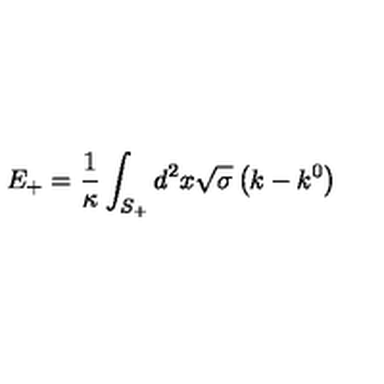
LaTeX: E _ { + } = \frac { 1 } { \kappa } \int _ { S _ { + } } ^ { { } } d ^ { 2 } x \sqrt { \sigma } \left( k - k ^ { 0 } \right)